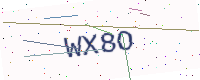
Text: WX8O